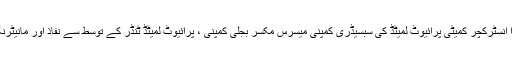
اس کے علاوہ بہار پاور انفرا انسٹرکچر کمیٹی پرائیوٹ لمیٹڈ کی سبسیڈری کمپنی میسرس مکسر بجلی کمپنی ، پرائیوٹ لمیٹڈ ٹنڈر کے توسط سے نفاذ اور مانیٹرنگ ایجنسی کا تعین کرے گی۔